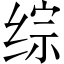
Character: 综